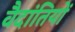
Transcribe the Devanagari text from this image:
वैदांतियों